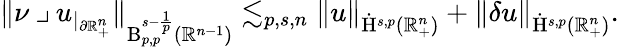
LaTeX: \begin{array}{r}{\lVert\nu\mathbin{\lrcorner}u_{|_{\partial\mathbb{R}_{+}^{n}}}\rVert_{\mathrm{B}_{p,p}^{s-\frac{1}{p}}(\mathbb{R}^{n-1})}\lesssim_{p,s,n}\lVert u\rVert_{{\dot{\mathrm{H}}}^{s,p}(\mathbb{R}_{+}^{n})}+\lVert\mathbf{\delta}u\rVert_{{\dot{\mathrm{H}}}^{s,p}(\mathbb{R}_{+}^{n})}\mathrm{.}}\end{array}